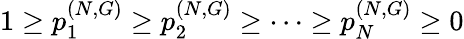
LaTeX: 1\ge p_{1}^{(N,G)}\ge p_{2}^{(N,G)}\ge\dots\ge p_{N}^{(N,G)}\ge 0